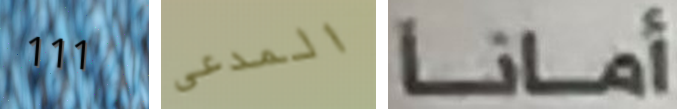
111 المدعى أمانا